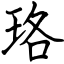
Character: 珞